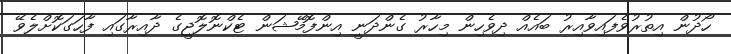
ހޯދުން އިތުރުވެފައިވާއިރު ބައެއް ދިވެހިން މިހާރު ގެންދަނީ އިންފޮމޭޝަން ޓެކްނޮލޮޖީގެ ދާއިރާގައި ފާހަަގަކޮށްލެވޭ